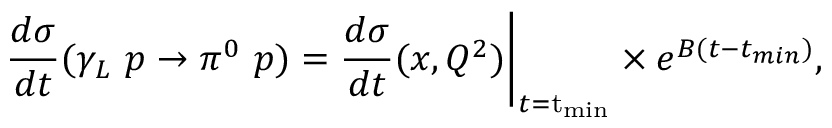
\frac { d \sigma } { d t } ( \gamma _ { L } ~ p \rightarrow \pi ^ { 0 } ~ p ) = \frac { d \sigma } { d t } ( x , Q ^ { 2 } ) \bigg | _ { t = \mathrm { t _ { m i n } } } \times e ^ { B ( t - t _ { m i n } ) } ,